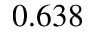
0 . 6 3 8